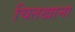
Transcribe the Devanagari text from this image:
चितखाना